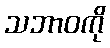
သဘာဝကို